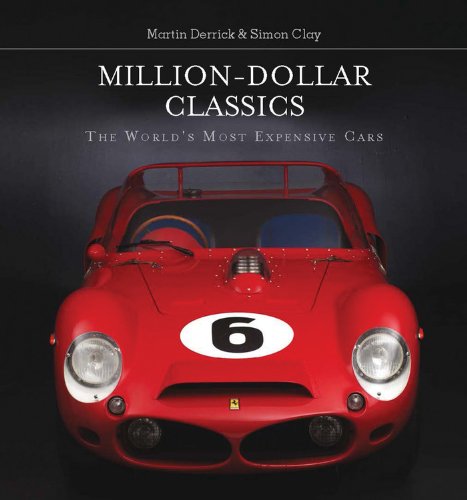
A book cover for Million-Dollar Classics: The World's Most Expensive Cars; Martin Derrick; Engineering & Transportation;